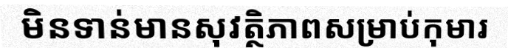
មិនទាន់មានសុវត្ថិភាពសម្រាប់កុមារ